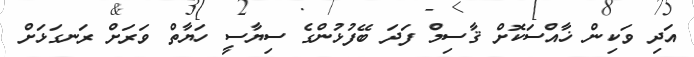
އަދި ވަކިން ޚާއްސަކޮށް ޤާސިމް ފަދަ ބޭފުޅުންގެ ސިޔާސީ ހަޔާތް ވަރަށް ރަނގަޅަށް